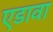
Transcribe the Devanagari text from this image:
एडावा